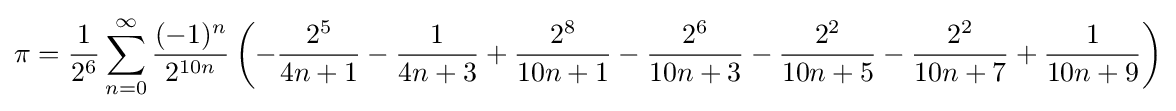
\pi ={\frac {1}{2^{6}}}\sum _{n=0}^{\infty }{\frac {(-1)^{n}}{2^{10n}}}\left(-{\frac {2^{5}}{4n+1}}-{\frac {1}{4n+3}}+{\frac {2^{8}}{10n+1}}-{\frac {2^{6}}{10n+3}}-{\frac {2^{2}}{10n+5}}-{\frac {2^{2}}{10n+7}}+{\frac {1}{10n+9}}\right)